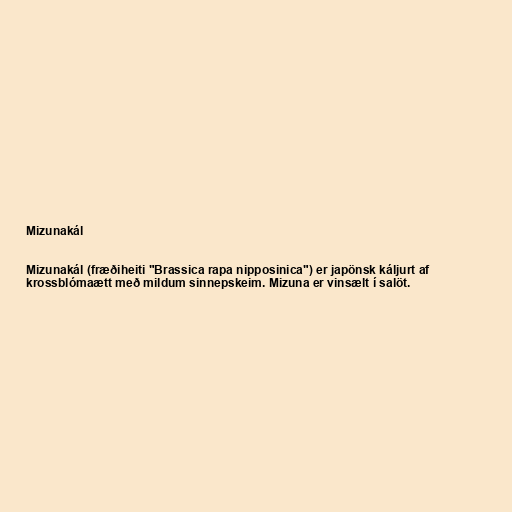
Mizunakál

Mizunakál (fræðiheiti "Brassica rapa nipposinica") er japönsk káljurt af
krossblómaætt með mildum sinnepskeim. Mizuna er vinsælt í salöt.